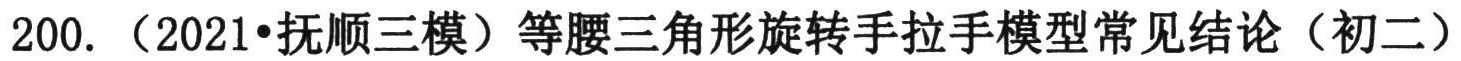
200. （2021•抚顺三模）等腰三角形旋转手拉手模型常见结论（初二）